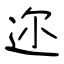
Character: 迩